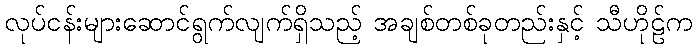
လုပ်ငန်းများဆောင်ရွက်လျက်ရှိသည့် အချစ်တစ်ခုတည်းနှင့် သီဟိုဠ်က